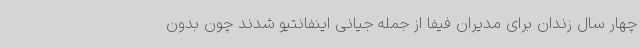
چهار سال زندان برای مدیران فیفا از جمله جیانی اینفانتیو شدند چون بدون